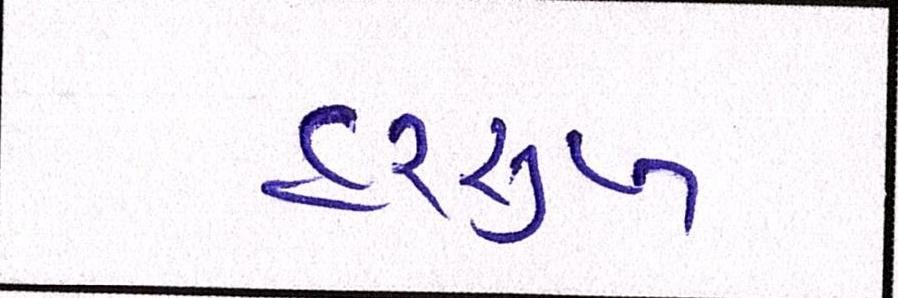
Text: હરસુખ